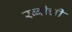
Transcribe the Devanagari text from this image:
रब्बीची